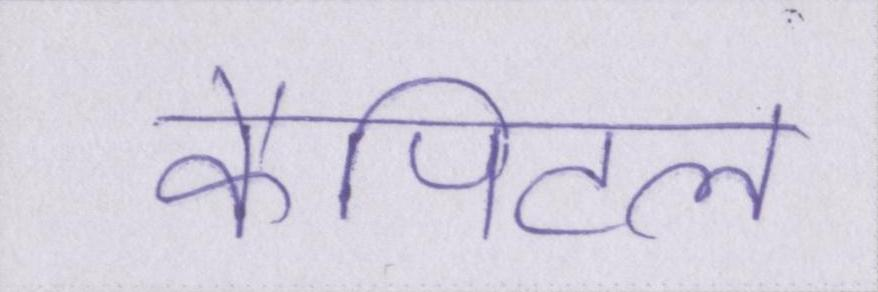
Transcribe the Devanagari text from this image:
कैपिटल